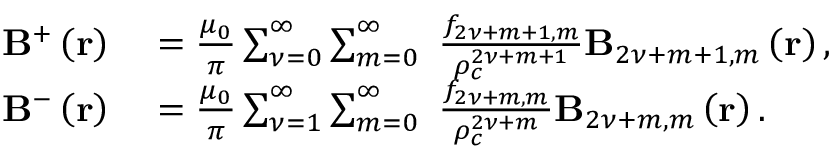
\begin{array} { r l } { \mathbf { B } ^ { + } \left( \mathbf { r } \right) } & { { } = \frac { \mu _ { 0 } } { \pi } \sum _ { { \nu } = 0 } ^ { \infty } \sum _ { m = 0 } ^ { \infty } \ \frac { f _ { 2 { \nu } + m + 1 , m } } { \rho _ { c } ^ { 2 { \nu } + m + 1 } } \mathbf { B } _ { 2 { \nu } + m + 1 , m } \left( \mathbf { r } \right) , } \\ { \mathbf { B } ^ { - } \left( \mathbf { r } \right) } & { { } = \frac { \mu _ { 0 } } { \pi } \sum _ { { \nu } = 1 } ^ { \infty } \sum _ { m = 0 } ^ { \infty } \ \frac { f _ { 2 { \nu } + m , m } } { \rho _ { c } ^ { 2 { \nu } + m } } \mathbf { B } _ { 2 { \nu } + m , m } \left( \mathbf { r } \right) . } \end{array}